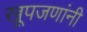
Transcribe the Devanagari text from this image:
खूपजणांनी